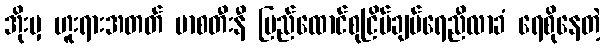
အိုးမှ ဟူးရားအတတ် မာစတီးနီ ပြည်ထောင်စုငြိမ်ချမ်ရေညီလာခံ ရေစိုနေတဲ့